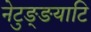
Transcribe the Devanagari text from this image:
नेटुङ्ङयाटि